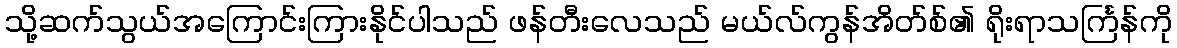
သို့ဆက်သွယ်အကြောင်းကြားနိုင်ပါသည် ဖန်တီးလေသည် မယ်လ်ကွန်အိတ်စ်၏ ရိုးရာသင်္ကြန်ကို